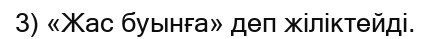
3) «Жас буынға» деп жіліктейді.